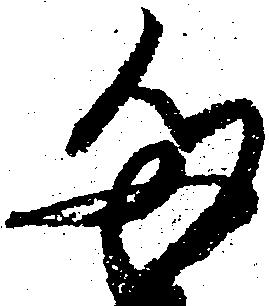
た